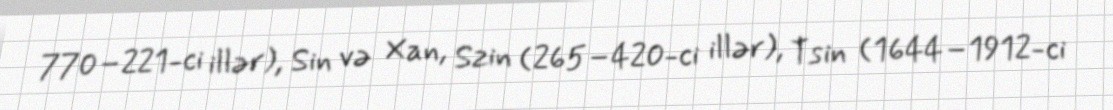
770–221-ci illər), Sin və Xan, Szin (265–420-ci illər), Tsin (1644–1912-ci